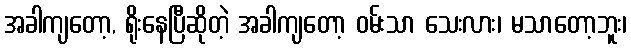
အခါကျတော့, ရိုးနေပြီဆိုတဲ့ အခါကျတော့ ဝမ်းသာ သေးလား၊ မသာတော့ဘူး၊